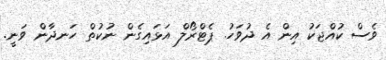
ވެސް ކުއްޖަކު އިން އެ ދުވަހު. ޕެޓްރޯލް އަޅައިގެން ނުކުތް ހަނދާން ވަނީ.